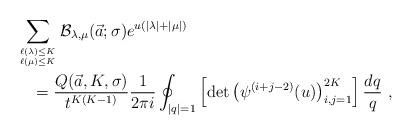
LaTeX: \begin{align*}&\sum_{\ell(\lambda)\leq K\atop \ell(\mu)\leq K}{\mathcal B}_{\lambda, \mu}(\vec a;\sigma)e^{u(|\lambda|+|\mu|)}\\&\quad=\frac{Q(\vec a,K,\sigma)}{t^{K(K-1)}}\frac{1}{2\pi i} \oint_{|q|=1}\left[\det\left(\psi^{(i+j-2)}(u)\right)_{i,j=1}^{2K}\right]\frac{dq}{q}\ ,\end{align*}